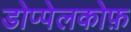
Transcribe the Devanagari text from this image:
डोप्पेलकोफ़